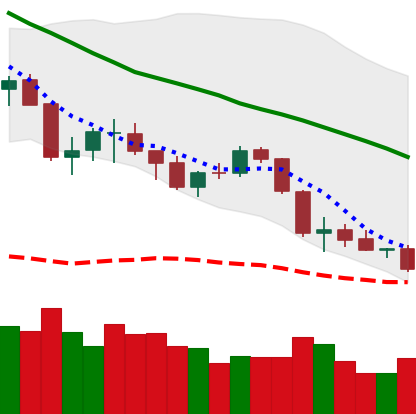
Ticker: BTC-USD
Chart end date: 2018-05-28
Forward return: 7.111%
Label: up_7plus